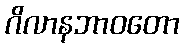
ဂိလာနဘာဝတော